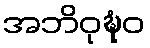
အဘိဝုဍ္ဎံဝ